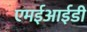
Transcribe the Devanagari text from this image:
एमईआईडी